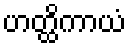
ဟတ္ထိကာယံ